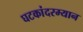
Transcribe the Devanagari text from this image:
घटकांदरम्यान